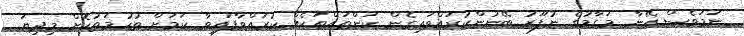
ނަމަވެސް އޭނާ މަގާމުގެ ނުފޫޒު ބޭނުންކުރައްވައިގެން ކަންތައްތަކެއް ކުރައްވާފައިވާ ކަމަށް ތުހުމަތުކޮށް މިދިޔަ